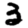
Digit: 3